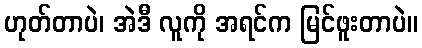
ဟုတ်တာပဲ၊ အဲဒီ လူကို အရင်က မြင်ဖူးတာပဲ။